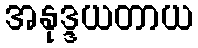
အနုဒ္ဒယတာယ